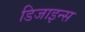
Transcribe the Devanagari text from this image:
डिजाइन्स